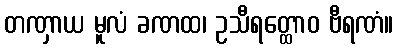
တဏှာယ မူလံ ခဏထ၊ ဥသီရတ္ထောဝ ဗီရဏံ။